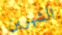
الشهرين